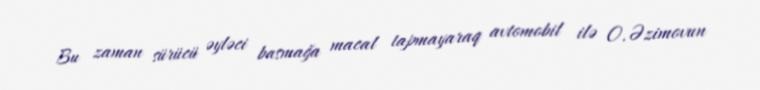
Bu zaman sürücü əyləci basmağa macal tapmayaraq avtomobil ilə O.Əzimovun